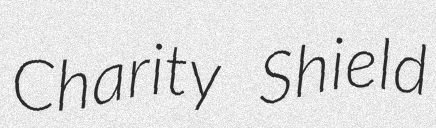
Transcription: Charity Shield